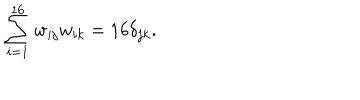
LaTeX: \sum _ { i = 1 } ^ { 1 6 } w _ { i j } w _ { i k } = 1 6 \delta _ { j k } .